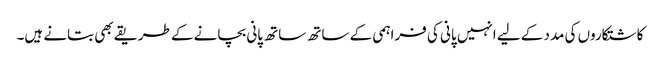
کاشتکاروں کی مدد کے لیے انہیں پانی کی فراہمی کے ساتھ ساتھ پانی بچانے کے طریقے بھی بتانے ہیں۔